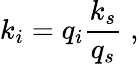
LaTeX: k_{i}=q_{i}\frac{k_{s}}{q_{s}}\; ,